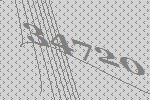
34720